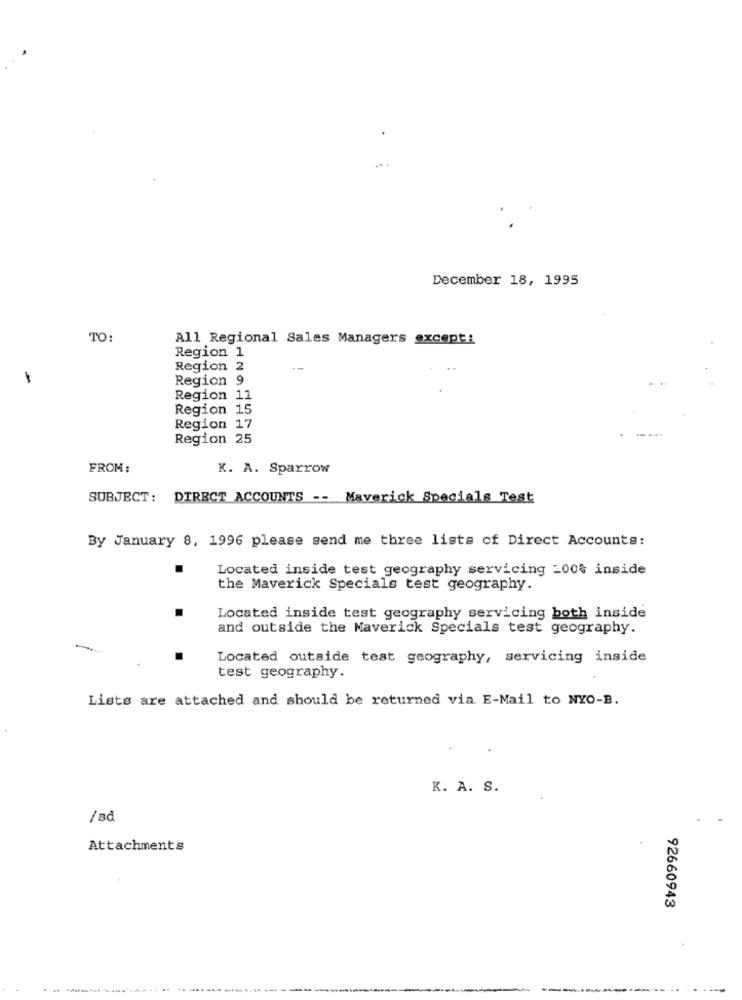
December 18, 1995
TO:
All Regional Sales Managers except:
Region 1
Region 2
Region 9
Region 11
Region 15
Region 17
Region 25
FROM:
K. A. Sparrow
SUBJECT: DIRECT ACCOUNTS -- Maverick Specials Test
By January 8, 1996 please send me three lists of Direct Accounts:
Located inside test geography servicing 100% inside
the Maverick Specials test geography.
Located inside test geography servicing both inside
and outside the Maverick Specials test geography.
Located outside test geography, servicing inside
test geography.
Lists are attached and should be returned via E-Mail to NYO-B.
K. A. S.
/sd
Attachments
92660943
----------
....